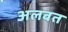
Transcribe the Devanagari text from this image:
अलबत